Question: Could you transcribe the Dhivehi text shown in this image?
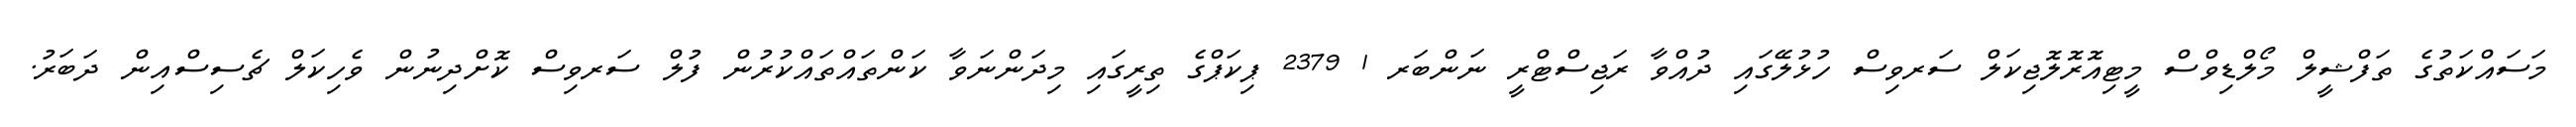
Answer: މަސައްކަތުގެ ތަފްޝީލް މޯލްޑިވްސް މީޓިއޮރޮލޮޖިކަލް ސަރވިސް ހުޅުލޭގައި ދުއްވާ ރަޖިސްޓްރީ ނަންބަރ 1 2379 ޕިކަޕްގެ ތިރީގައި މިދަންނަވާ ކަންތައްތައްކުރުން ފުލް ސަރވިސް ކޮށްދިނުން ވެހިކަލް ޗެސިސްއިން ދަބަރު.